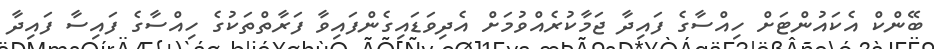
ބޭންކް އެކައުންޓަށް ހިއްސާގެ ފައިދާ ޖަމާކުރެއްވުމަށް އެދިވަޑައިގެންފައިވާ ފަރާތްތަކުގެ ހިއްސާގެ ފައިސާ ފައިދާ